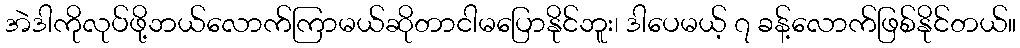
အဲဒါကိုလုပ်ဖို့ဘယ်လောက်ကြာမယ်ဆိုတာငါမပြောနိုင်ဘူး၊ ဒါပေမယ့် ၇ ခန့်လောက်ဖြစ်နိုင်တယ်။